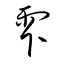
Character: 雫